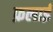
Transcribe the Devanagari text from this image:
फ़लाई